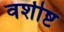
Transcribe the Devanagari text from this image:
वशीष्ट